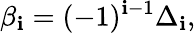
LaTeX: \beta_{\mathbf{i}}=(-1)^{\mathbf{i}-1}\Delta_{\mathbf{i}},